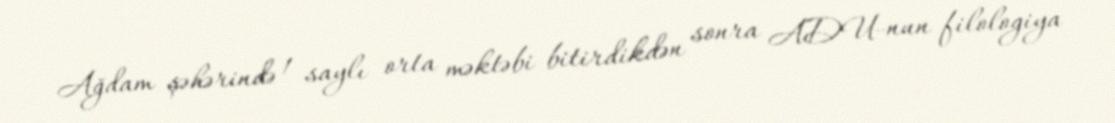
Ağdam şəhərində 1 saylı orta məktəbi bitirdikdən sonra ADU-nun filologiya